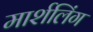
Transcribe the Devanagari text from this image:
मार्शलिंग